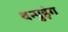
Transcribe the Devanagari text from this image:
थन्पुइंग